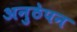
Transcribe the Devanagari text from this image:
अनुठेपन